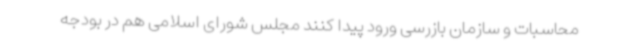
محاسبات و سازمان بازرسی ورود پیدا کنند مجلس شورای اسلامی هم در بودجه